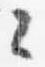
々